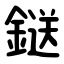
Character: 鎹